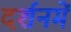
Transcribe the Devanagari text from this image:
दर्शनमें